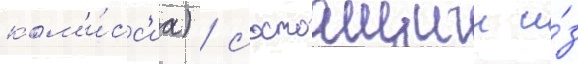
ком'и́сс'иа) / состоащии и́з